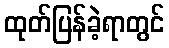
ထုတ်ပြန်ခဲ့ရာတွင်